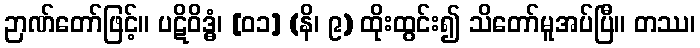
ဉာဏ်တော်ဖြင့်။ ပဋိဝိဒ္ဓံ၊ [၀၁] (နိ၊ ၉) ထိုးထွင်း၍ သိတော်မူအပ်ပြီ။ တဿ၊